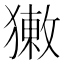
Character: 𤡳